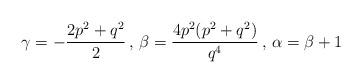
LaTeX: \begin{align*}\gamma = -\frac{2p^2+q^2}{2}\,,\,\beta = \frac{4p^2(p^2+q^2)}{q^4}\,,\,\alpha = \beta+1\end{align*}